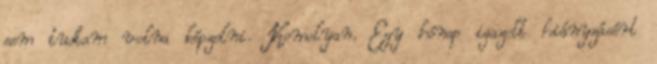
sem tudtam volna képzelni. Komolyan. Egy hónap igazolt hiányzásért